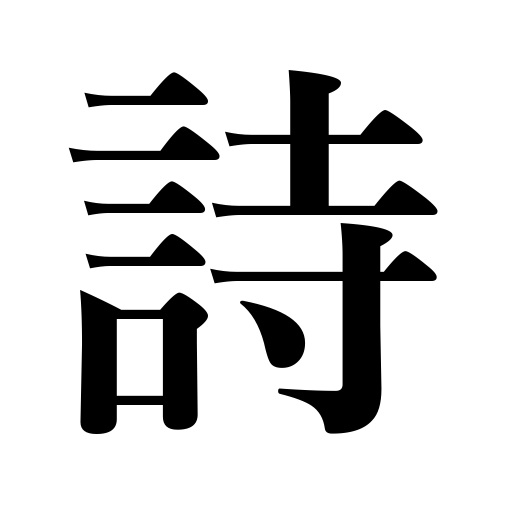
Meanings: poetry,poem